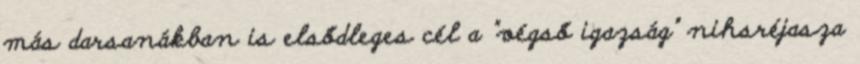
más darsanákban is elsődleges cél a "végső igazság" nihsréjasza